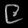
Digit: ၉